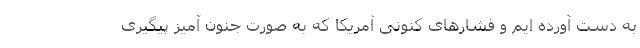
به دست آورده ایم و فشارهای کنونی آمریکا که به صورت جنون آمیز پیگیری